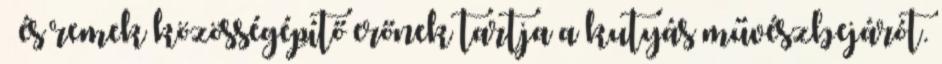
– és remek közösségépítő erőnek tartja a kutyás művészbejárót.